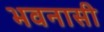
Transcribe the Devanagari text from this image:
भवनासी